Tezpur Lunatic Asylum reports 1877-1894 - 1877-1894
Year: 1877
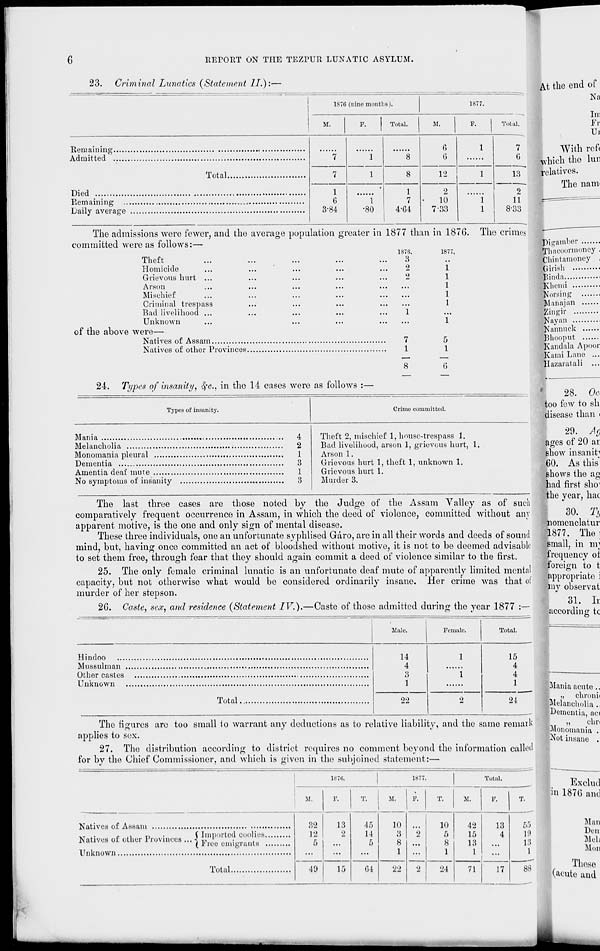
REPORT ON THE TEZPUR LUNATIC ASYLUM.
23. Criminal Lunatics (Statement II.):—
187(i (nine months).
1877.
M.
F.
Total.
M.
Total.
Remaining.
Admitted .
Total.
Died
Remaining ..
Daily average
6
1
7
1
8
6
7
1
8
12
1
1
•
1
2
6
1
7
10
1
3-84
•80
4-64
7-33
1
7
G
13
2
11
8 .119
The admissions were fewer, and the average population greater in 1877 than in 1876.
committed were as follows:—
The crimes
Theft
Homicide
Grievous hurt ...
Arson
Mischief
Criminal trespass
Bad livelihood ...
Unknown
of the above were—
Natives of Assam
Natives of other Provinces.
1870.
3
2
2
7
1
8
1877,
1
1
1
1
1
5
1
24. Types of insanity, Sfc, in the 14 cases were as follows :—
Types of insanity.
Crime committed.
Mania
Melancholia
Monomania pleural
Dementia
Amentia deaf mine
4
2
1
3
1
No symptoms of insanity
3
Theft 2, mischief 1, house-trespass 1.
Bad livelihood, arson 1, grievous hurt, 1.
Arson 1.
Grievous hurt 1, theft 1, unknown 1.
Grievous hurt 1.
Murder 3.
The last three cases are those noted by the Judge of the Assam Valley as of such
comparatively frequent occurrence in Assam, in which the deed of violence, committed without any
apparent motive, is the one and only sign of mental disease.
These three individuals, one an unfortunate syphlised Garo, are in all their words and deeds of sound
mind, but, having once committed an act of bloodshed without motive, it is not to be deemed advisable
to set them free, through fear that they should again commit a deed of violence similar to the first.
25. The only female criminal lunatic is an unfortunate deaf mute of apparently limited mental
capacity, but not otherwise what would be considered ordinarily insane. Her crime Avas that of
murder of her stepson.
26. Caste, sex, and residence (Statement IV.).—Caste of those admitted during the year 1877 :—•
Male.
Female.
Total.
14
4
3
1
1
1
15
4
4
1
Total
22
2
24
The figures are too small io warrant any deductions as to relative liability, and the same remarl
applies to sex.
27. The distribution according to district requires no comment beyond the information oallei
for by the Chief Commissioner, and which is given in the subjoined statement:—
1.-71;.
1877.
Total.
M.
F.
T.
M.
F.
T.
M.
Natives of Assam
,, ,.
,. .i
u
•
(Imported coolies,
Natives or other Provinces ... < ,-, l
( Free emigrants .
Unknown,
Total.
32
12
49
13
9
45
10
10
42
13
14
3
2
5
15
4
5
8
8
13
...
1
2
1
1
...
04
22
24
71
17
55
10
18
1
Is
At the end of
Na
Ini
Fr
Ui
With reft
which the lun
relatives.
The nam>
Pigamher
Thacoormoney .
Cliintainoney .
Girisli
Binda
Khemi
Nursing
Manajan
Zingir
Nay an
Nannuck
Bhooput
Kandala Apoor
Kami Lane ...
Hazaratali ...
28. Oe
too few to sh
disease than i
29. Ag
ages of 20 ar
show insanity
!60. As this"
shows the ag
had first sho'
the year, hac
30. Ty
nomenclatur
1877. The;
small, in nv
frequency ot
foreign to t
appropriate i
my observat
31. Ii
according tc
Mania acute ..
„ chronii
Melancholia ..
Dementia, aci
,,
chn
Monomania .
Not insane .
Exclud
in 1876 and
Man
Den
Moll
MOD
Those
(acute and